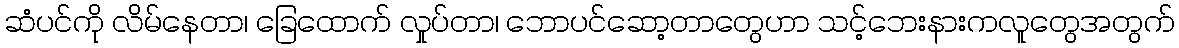
ဆံပင်ကို လိမ်နေတာ၊ ခြေထောက် လှုပ်တာ၊ ဘောပင်ဆော့တာတွေဟာ သင့်ဘေးနားကလူတွေအတွက်